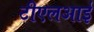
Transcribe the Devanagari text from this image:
टीएलआई